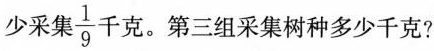
少采集 \frac{1}{9}千克。第三组采集树种多少千克?